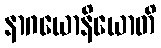
နာဂယောနိယောတိ